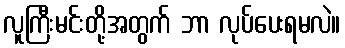
လူကြီးမင်းတို့အတွက် ဘာ လုပ်ပေးရမလဲ။